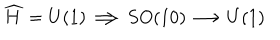
LaTeX: \widehat { H } = U ( 1 ) \Longrightarrow S O ( 1 0 ) \longrightarrow U ( 1 )